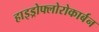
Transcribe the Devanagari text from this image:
हाइड्रोफ्लोरोकार्बन